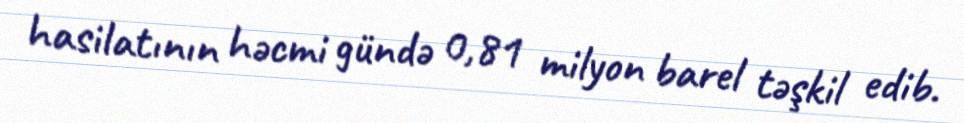
hasilatının həcmi gündə 0,81 milyon barel təşkil edib.